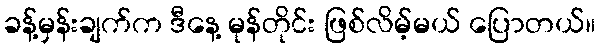
ခန့်မှန်းချက်က ဒီနေ့ မုန်တိုင်း ဖြစ်လိမ့်မယ် ပြောတယ်။